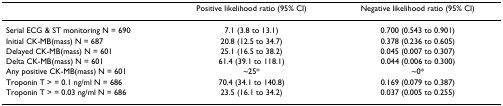
<table><thead><tr><td></td><td><b>Positive likelihood ratio (95% CI)</b></td><td><b>Negative likelihood ratio (95% CI)</b></td></tr></thead><tbody><tr><td>Serial ECG &amp; ST monitoring N = 690</td><td>7.1 (3.8 to 13.1)</td><td>0.700 (0.543 to 0.901)</td></tr><tr><td>Initial CK-MB(mass) N = 687</td><td>20.8 (12.5 to 34.7)</td><td>0.378 (0.236 to 0.605)</td></tr><tr><td>Delayed CK-MB(mass) N = 601</td><td>25.1 (16.5 to 38.2)</td><td>0.045 (0.007 to 0.307)</td></tr><tr><td>Delta CK-MB(mass) N = 601</td><td>61.4 (39.1 to 118.1)</td><td>0.044 (0.006 to 0.300)</td></tr><tr><td>Any positive CK-MB(mass) N = 601</td><td>~25*</td><td>~0*</td></tr><tr><td>Troponin T &gt; = 0.1 ng/ml N = 686</td><td>70.4 (34.1 to 140.8)</td><td>0.169 (0.079 to 0.387)</td></tr><tr><td>Troponin T &gt; = 0.03 ng/ml N = 686</td><td>23.5 (16.1 to 34.2)</td><td>0.037 (0.005 to 0.255)</td></tr></tbody></table>